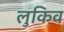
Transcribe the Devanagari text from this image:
लुकिव